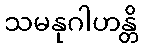
သမနုဂါဟန္တိ